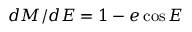
d M / d E = 1 - e \cos E